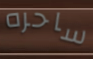
ساحره